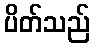
ပိတ်သည်